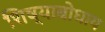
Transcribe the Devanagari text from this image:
शिष्याबोधाय